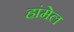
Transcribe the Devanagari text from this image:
हांमेल